Vaccination in Bombay 1869-1873 - 1869-1873
Year: 1869
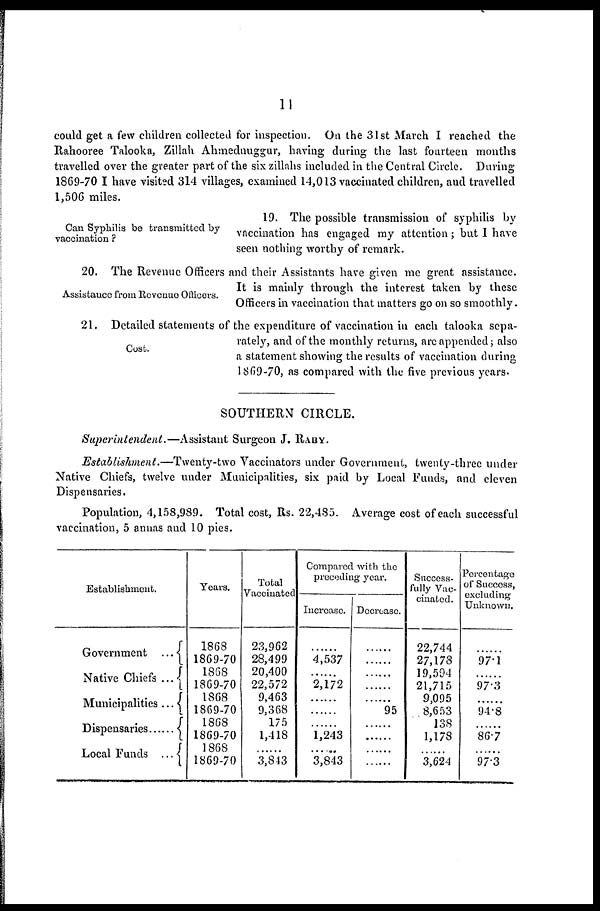
11
could get a few children collected for inspection. On the 31st March I reached the
Rahooree Talooka, Zillah Ahmednuggur, having during the last fourteen months
travelled over the greater part of the six zillahs included in the Central Circle. During
1869-70 I have visited 314 villages, examined 14,013 vaccinated children, and travelled
1,506 miles.
Can Syphilis be transmitted by
vaccination ?
19. The possible transmission of syphilis by
vaccination has engaged my attention; but I have
seen nothing worthy of remark.
Assistance from Revenue Officers.
20. The Revenue Officers and their Assistants have given me great assistance.
It is mainly through the interest taken by these
Officers in vaccination that matters go on so smoothly.
Cost.
21. Detailed statements of the expenditure of vaccination in each talooka sepa-
rately, and of the monthly returns, are appended; also
a statement showing the results of vaccination during
1869-70, as compared with the five previous years.
SOUTHERN CIRCLE.
Superintendent.—Assistant
Surgeon J. RABY.
Establishment.—Twenty-two
Vaccinators under Government, twenty-three under
Native Chiefs, twelve under Municipalities, six paid by Local Funds, and eleven
Dispensaries.
Population, 4,158,989. Total cost, Rs. 22,485. Average cost of each successful
vaccination, 5 annas and 10 pies.
Establishment.
Government
...
Native Chiefs ...
Municipalities ...
Dispensaries ...
Local Funds ...
Years.
1868
1869-70
1868
1869-70
1868
1869-70
1868
1869-70
1868
1869-70
Total
Vaccinated
23,962
28,499
20,400
22,572
9,463
9,368
175
1,418
......
3,843
Compared with the
preceding year.
Increase.
......
4,537
......
2,172
......
......
......
1,243
......
3,843
Decrease.
......
......
......
......
......
95
......
......
......
......
Success-
fully Vac-
cinated.
22,744
27,178
19,594
21,715
9,095
8,653
138
1,178
......
3,624
Percentage
of Success
excluding
Unknown.
......
97.1
......
97.3
......
94.8
......
86.7
......
97.3